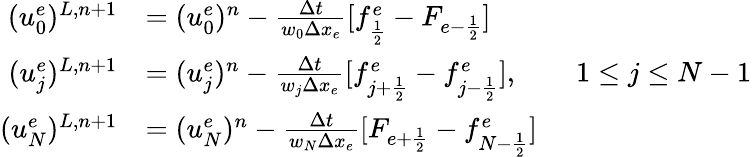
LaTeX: \begin{array}{rl}{(u_{0}^{e})^{L,n+1}}&{=(u_{0}^{e})^{n}-\frac{\Delta t}{w_{0}\Delta x_{e}}[f_{\frac{1}{2}}^{e}-F_{e-\frac{1}{2}}]}\\ {(u_{j}^{e})^{L,n+1}}&{=(u_{j}^{e})^{n}-\frac{\Delta t}{w_{j}\Delta x_{e}}[f_{j+\frac 12}^{e}-f_{j-\frac 12}^{e}],\qquad 1\le j\le N-1}\\ {(u_{N}^{e})^{L,n+1}}&{=(u_{N}^{e})^{n}-\frac{\Delta t}{w_{N}\Delta x_{e}}[F_{e+\frac{1}{2}}-f_{N-\frac{1}{2}}^{e}]}\end{array}